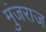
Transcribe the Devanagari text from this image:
मुंजराज